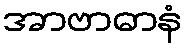
အာဗာဓာနံ